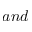
a n d